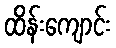
ထိန်းကျောင်း